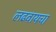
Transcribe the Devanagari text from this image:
लढवायचा